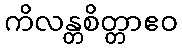
ကိလန္တစိတ္တာဧဝ